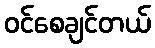
ဝင်စေချင်တယ်